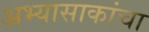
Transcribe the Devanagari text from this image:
अभ्यासाकांचा